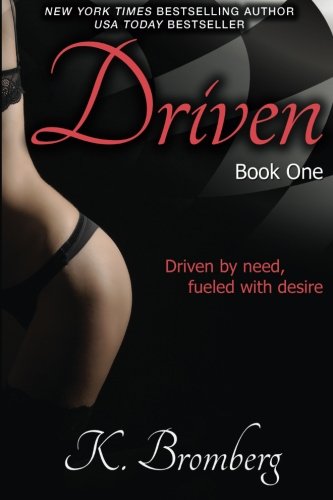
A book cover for Driven (The Driven Trilogy) (Volume 1); K. Bromberg; Romance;